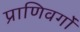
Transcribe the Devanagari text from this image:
प्राणिवर्गों